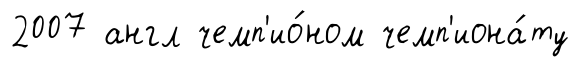
2007 англ чемп'ио́ном чемп'иона́ту